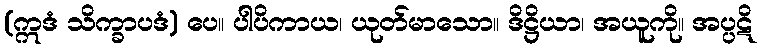
(ဣဒံ သိက္ခာပဒံ) ပေ။ ပါပိကာယ၊ ယုတ်မာသော။ ဒိဋ္ဌိယာ၊ အယူကို။ အပ္ပဋိ